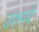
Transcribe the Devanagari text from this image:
उरुगवे